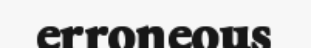
erroneous